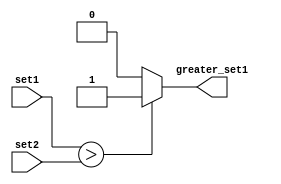
module magnitude_comparator (
    input [7:0] set1,
    input [7:0] set2,
    output greater_set1
);

assign greater_set1 = (set1 > set2) ? 1 : 0;

endmodule